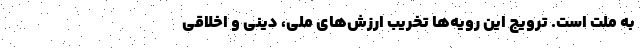
به ملت‌ است. ترویج این‌ رویه‌ها تخریب ارزش‌های ملی، دینی‌ و اخلاقی